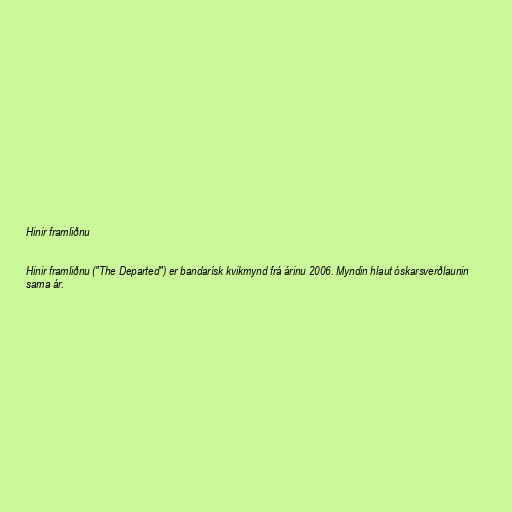
Hinir framliðnu

Hinir framliðnu ("The Departed") er bandarísk kvikmynd frá árinu 2006. Myndin hlaut óskarsverðlaunin
sama ár.